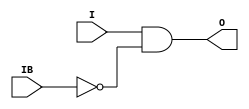

module IBUFGDS (/*AUTOARG*/
   // Outputs
   O,
   // Inputs
   I, IB
   );

   parameter DIFF_TERM=0;
   parameter IOSTANDARD=0;

   input I;
   input IB;
   output O;

   assign O = I & ~IB;
   
   
endmodule // IBUFGDS